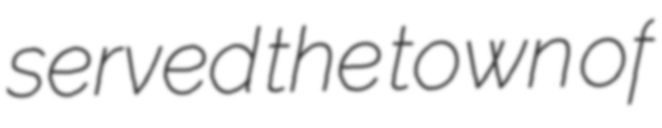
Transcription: served the town of